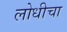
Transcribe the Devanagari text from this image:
लोधीचा